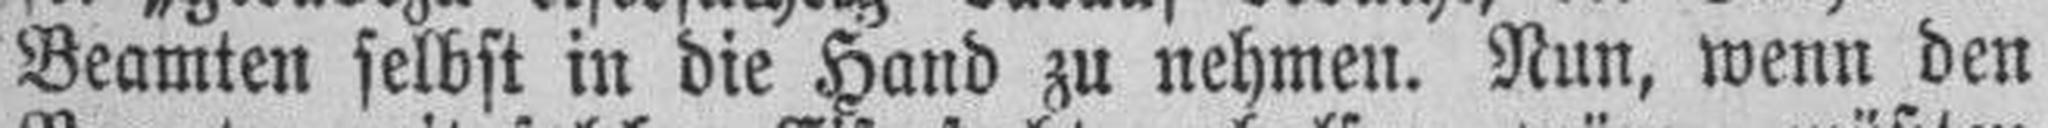
Beamten selbst in die Hand zu nehmen. Nun, wenn den